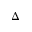
\Delta